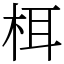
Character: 栮